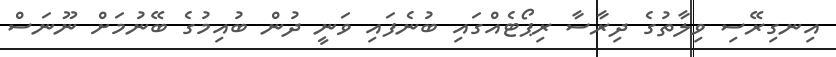
އިނގިރޭސި ވިލާތުގެ ދިރާސާ ރިޕޯޓެއްގައި ބުނެފައި ވަނީ ދުން ބުއިމުގެ ބޭނުމަށް ނޫނަސް